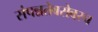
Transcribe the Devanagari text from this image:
संपन्नतेबरोबरच